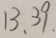
1 3 、 3 9 、